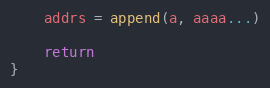
Language: Go
	addrs = append(a, aaaa...)

	return
}